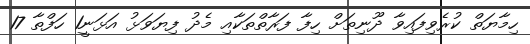
ހިމާޔަތް ކުރެވިފައިވާ ދޫނިތަށް ހިފާ ފަރާތްތަކާއި މެދު ފިޔަވަޅު އަޅަނީ1 ހަފްތާ 17